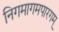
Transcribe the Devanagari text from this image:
निगमागमपारगम्